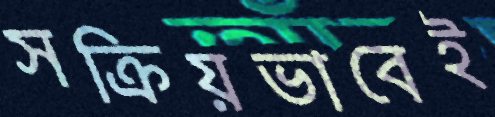
সক্রিয়ভাবেই